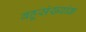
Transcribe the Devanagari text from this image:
बहूसंख्यांक